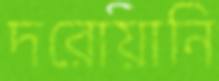
দরোয়ানি